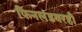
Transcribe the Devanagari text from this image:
फिनलंडवरही